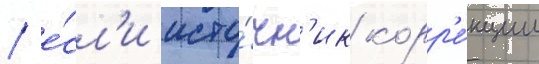
/ е́сл'и исто́чн'ик корр'е́кции